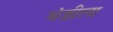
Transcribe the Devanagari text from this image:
थंडीला